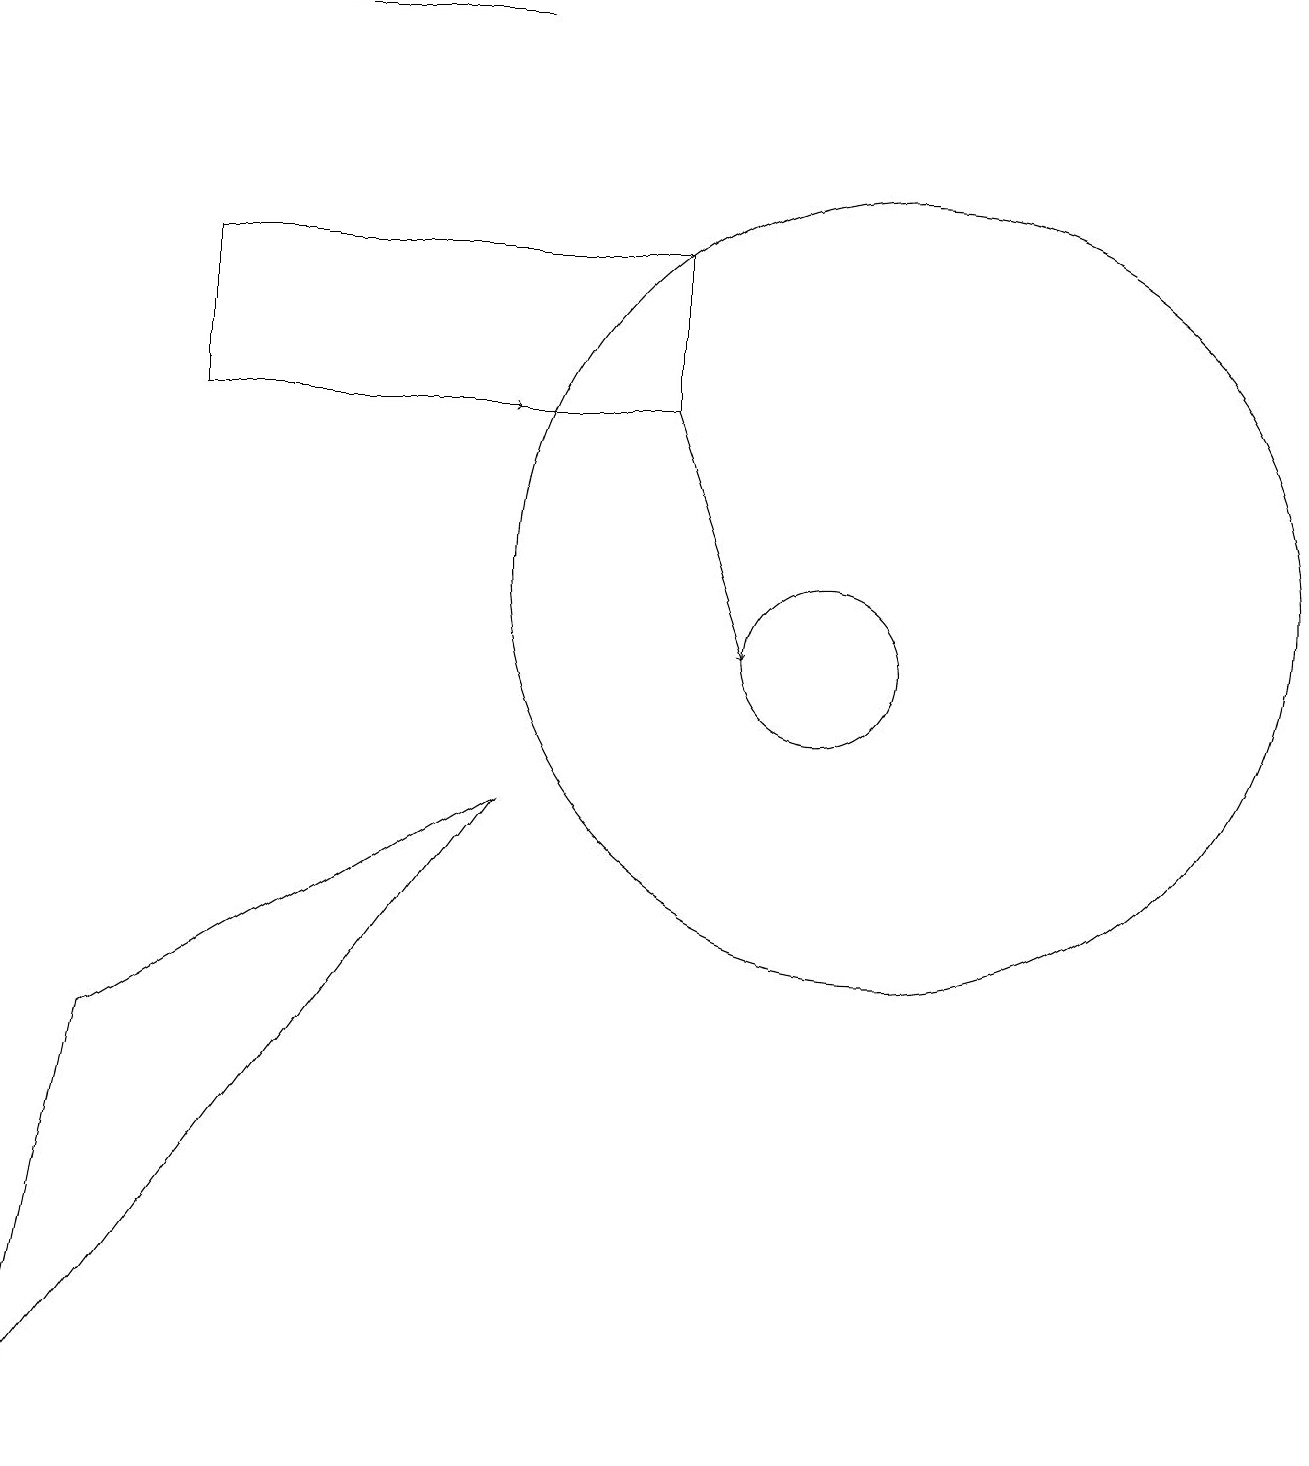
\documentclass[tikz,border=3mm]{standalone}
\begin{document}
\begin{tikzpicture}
\draw (11,12) circle (5);
\draw (6,19) rectangle (3,19);
\draw (10,11) circle (1);
\draw (2,16) rectangle (8,14);
\draw (1,6) -- (0,1) -- (6,9) -- cycle;
\draw[->] (8,14) -- (9,11);
\draw[->] (3,14) -- (6,14);
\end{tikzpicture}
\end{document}